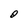
Character: O